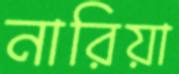
নারিয়া